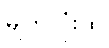
မျက်လုံးထဲ